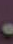
.